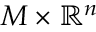
M \times \mathbb { R } ^ { n }